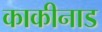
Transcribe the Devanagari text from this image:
काकीनाड